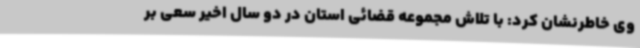
وی خاطرنشان کرد: با تلاش مجموعه قضائی استان در دو سال اخیر سعی بر